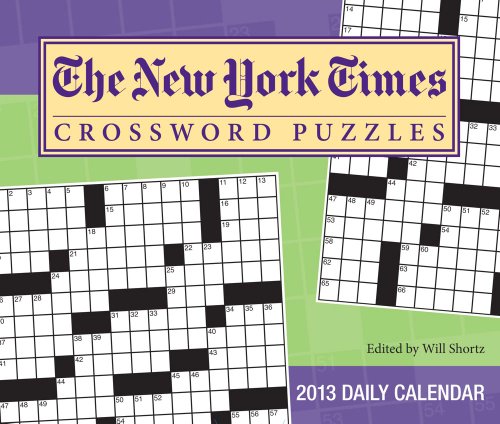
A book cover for The New York Times Crossword Puzzles 2013 Day-to-Day Calendar: Edited by Will Shortz; The New York Times; Calendars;